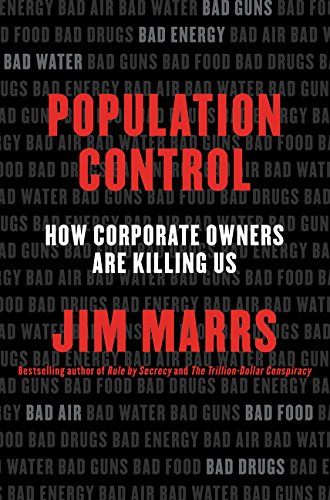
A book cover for Population Control: How Corporate Owners Are Killing Us; Jim Marrs; Business & Money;